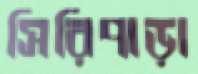
সিরিপাড়া